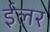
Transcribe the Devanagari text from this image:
ईलर